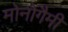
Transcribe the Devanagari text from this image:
मोनोगैमी